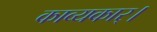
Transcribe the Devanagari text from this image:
काव्यकार्।